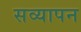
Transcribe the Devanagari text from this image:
सव्यापन